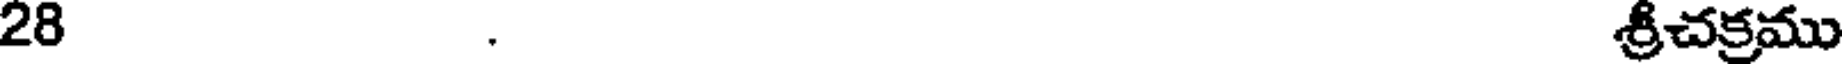
28 . శ్రీచక్రము